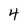
Character: 4